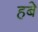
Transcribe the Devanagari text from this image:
हबे